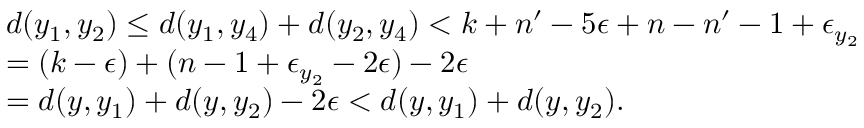
\begin{array} { r l } & { d ( y _ { 1 } , y _ { 2 } ) \leq d ( y _ { 1 } , y _ { 4 } ) + d ( y _ { 2 } , y _ { 4 } ) < k + n ^ { \prime } - 5 \epsilon + n - n ^ { \prime } - 1 + \epsilon _ { y _ { 2 } } } \\ & { = ( k - \epsilon ) + ( n - 1 + \epsilon _ { y _ { 2 } } - 2 \epsilon ) - 2 \epsilon } \\ & { = d ( y , y _ { 1 } ) + d ( y , y _ { 2 } ) - 2 \epsilon < d ( y , y _ { 1 } ) + d ( y , y _ { 2 } ) . } \end{array}